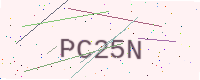
Text: PC25N